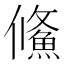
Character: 鯈